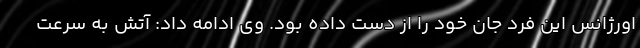
اورژانس این فرد جان خود را از دست داده بود. وی ادامه داد: آتش به سرعت